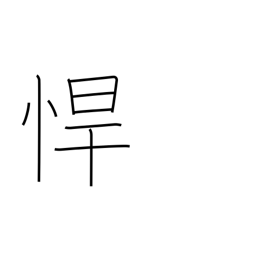
Meaning: rough